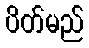
ပိတ်မည်